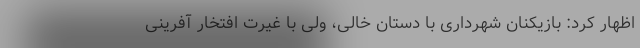
اظهار کرد: بازیکنان شهرداری با دستان خالی، ولی با غیرت افتخار آفرینی